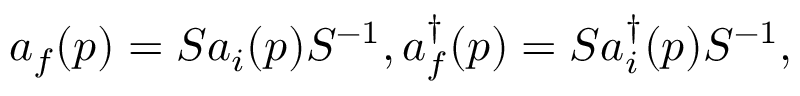
a _ { f } ( p ) = S a _ { i } ( p ) S ^ { - 1 } , a _ { f } ^ { \dagger } ( p ) = S a _ { i } ^ { \dagger } ( p ) S ^ { - 1 } ,